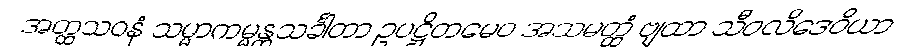
အတ္ထသဝနံ သမ္မာကမ္မန္တသင်္ခါတာ ဥပဋ္ဌိတမေဝ အသမတ္ထံ ဗျထာ သီဝလိဒေဝိယာ